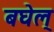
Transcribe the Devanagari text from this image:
बघेल्